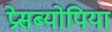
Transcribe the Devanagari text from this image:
प्रेसब्योपिया